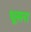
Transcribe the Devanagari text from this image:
धूसरा